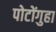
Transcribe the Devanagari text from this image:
पोटोंगुहा